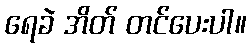
ရေခဲ အိတ် တင်ပေးပါ။